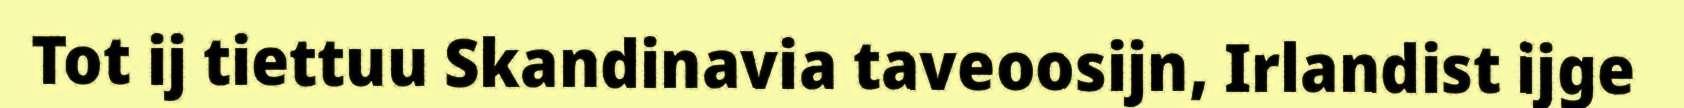
Tot ij tiettuu Skandinavia taveoosijn, Irlandist ijge